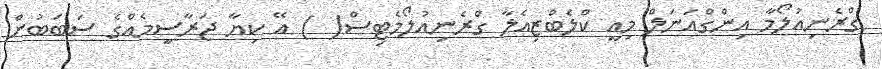
ގްރެނިއުލޯމާ އިންގްއަނަލް މިއީ ކްލެބްޒިއެލާ ގްރެނިއުލޯމެޓިސް( ) އޭ ކިޔާ ޖަރާސީމެއްގެ ސަބަބުން